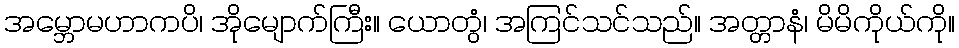
အမ္ဘောမဟာကပိ၊ အိုမျောက်ကြီး။ ယောတွံ၊ အကြင်သင်သည်။ အတ္တာနံ၊ မိမိကိုယ်ကို။